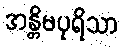
အန္တိမပုရိသာ